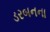
ડરબનના